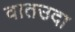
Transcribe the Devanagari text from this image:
वातउदा